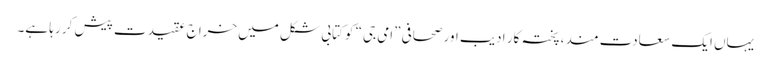
یہاں ایک سعادت مند، پختہ کار ادیب اور صحافی ”امی جی“ کو کتابی شکل میں خراج عقیدت پیش کر رہا ہے۔